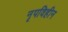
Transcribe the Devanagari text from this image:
नृपविहीन